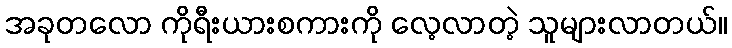
အခုတလော ကိုရီးယားစကားကို လေ့လာတဲ့ သူများလာတယ်။